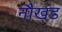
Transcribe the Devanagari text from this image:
नौखंड